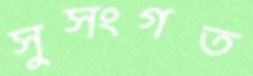
সুসংগত